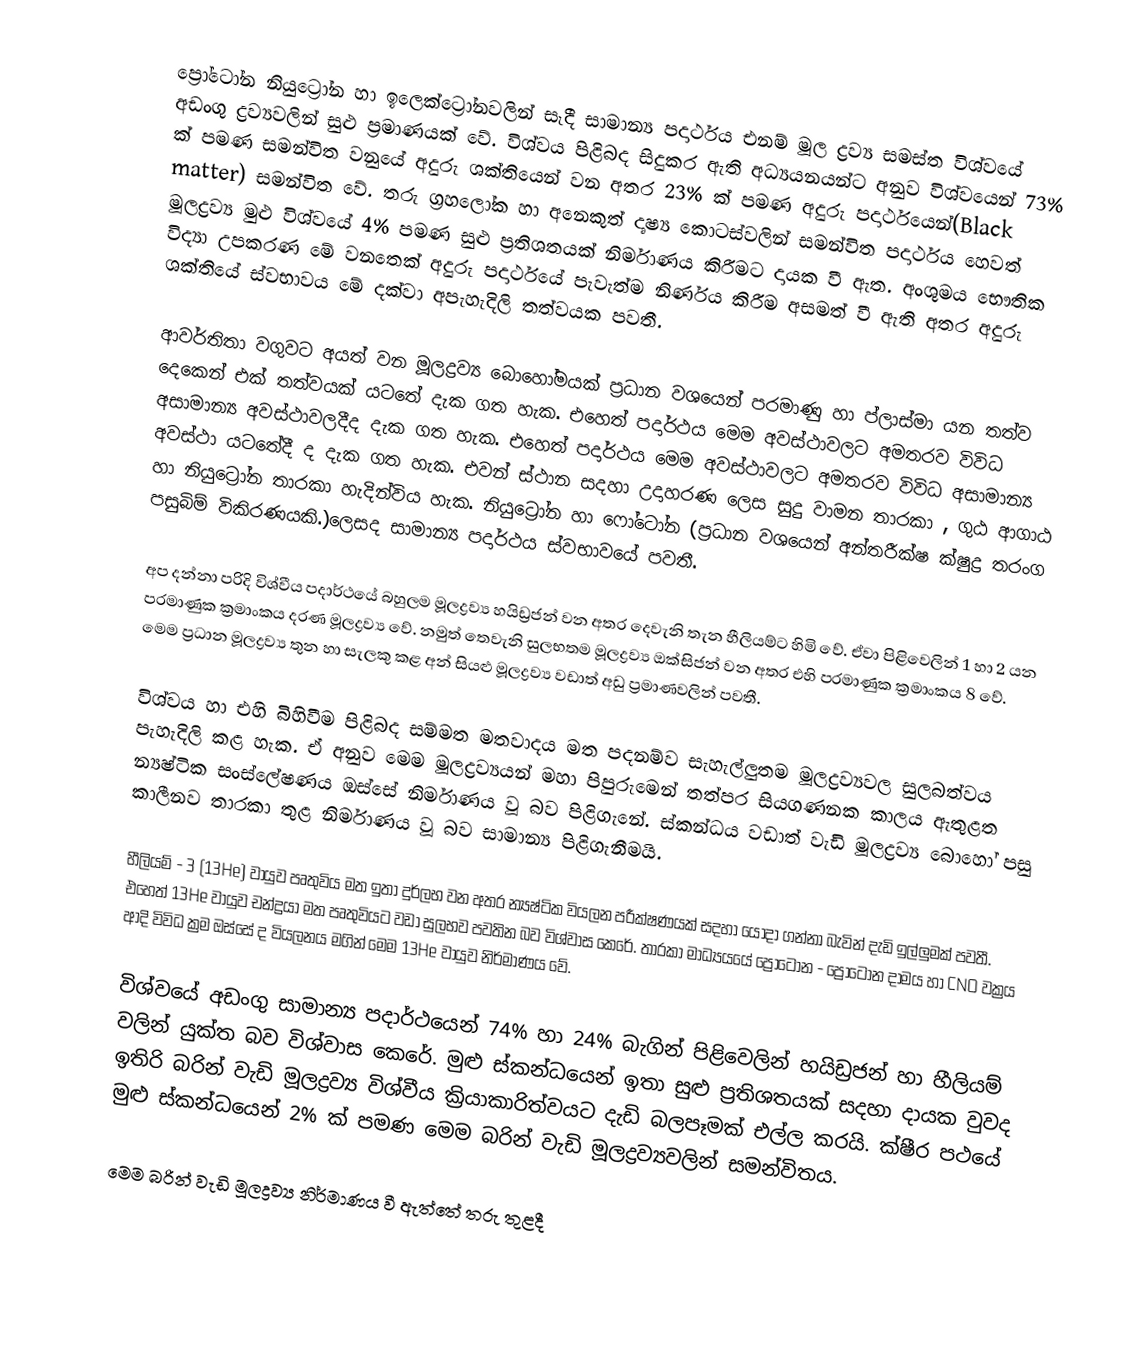
ප්‍රෝටෝන නියුට්‍රෝන හා ඉලෙක්ට්‍රෝනවලින් සෑදී සාමාන්‍ය පදාර්ථය එනම් මූල ද්‍රව්‍ය සමස්ත විශ්වයේ අඩංගු ද්‍රව්‍යවලින් සුළු ප්‍රමාණයක් වේ. විශ්වය පිළිබද සිදුකර ඇති අධ්‍යයනයන්ට අනුව විශ්වයෙන් 73% ක් පමණ සමන්විත වනුයේ අදුරු ශක්තියෙන් වන අතර 23% ක් පමණ අදුරු පදාර්ථයෙන්(Black matter) සමන්විත වේ. තරු ග්‍රහලෝක හා අනෙකුත් දෘෂ්‍ය කොටස්වලින් සමන්විත පදාර්ථය හෙවත් මූලද්‍රව්‍ය මුළු විශ්වයේ 4% පමණ සුළු ප්‍රතිශතයක් නිර්මාණය කිරීමට දායක වී ඇත. අංශුමය භෞතික විද්‍යා උපකරණ මේ වනතෙක් අදුරු පදාර්ථයේ පැවැත්ම නිර්ණය කිරීම අසමත් වී ඇති අතර අදුරු ශක්තියේ ස්වභාවය මේ දක්වා අපැහැදිලි තත්වයක පවතී.

ආවර්තිතා වගුවට අයත් වන මූලද්‍රව්‍ය බොහෝමයක් ප්‍රධාන වශයෙන් පරමාණු හා ප්ලාස්මා යන තත්ව දෙකෙන් එක් තත්වයක් යටතේ දැක ගත හැක. එහෙත් පදාර්ථය මෙම අවස්ථාවලට අමතරව විවිධ අසාමාන්‍ය අවස්ථාවලදීද දැක ගත හැක. එහෙත් පදාර්ථය මෙම අවස්ථාවලට අමතරව විවිධ අසාමාන්‍ය අවස්ථා යටතේදී ද දැක ගත හැක. එවන් ස්ථාන සදහා උදාහරණ ලෙස සුදු වාමන තාරකා , ගුඨ ආගාඨ හා නියුට්‍රෝන තාරකා හැදින්විය හැක. නියුට්‍රෝන හා ෆෝටෝන (ප්‍රධාන වශයෙන් අන්තරීක්ෂ ක්ෂුද්‍ර තරංග පසුබිම් විකිරණයකි.)ලෙසද සාමාන්‍ය පදාර්ථය ස්වභාවයේ පවතී.

අප දන්නා පරිදි විශ්වීය පදාර්ථයේ බහුලම මූලද්‍රව්‍ය හයිඩ්‍රජන් වන අතර දෙවැනි තැන හීලියම්ට හිමි වේ. ඒවා පිළිවෙලින් 1 හා 2  යන පරමාණුක ක්‍රමාංකය දරණ මූලද්‍රව්‍ය වේ. නමුත් තෙවැනි සුලභතම මූලද්‍රව්‍ය ඔක්සිජන් වන අතර එහි පරමාණුක ක්‍රමාංකය  8 වේ. මෙම ප්‍රධාන මූලද්‍රව්‍ය තුන හා සැලකු කළ අන් සියළු මූලද්‍රව්‍ය වඩාත් අඩු ප්‍රමාණවලින් පවතී.

විශ්වය හා එහි බිහිවීම පිළිබද සම්මත මතවාදය මත පදනම්ව සැහැල්ලුතම මූලද්‍රව්‍යවල සුලබත්වය පැහැදිලි කළ හැක. ඒ අනුව මෙම මූලද්‍රව්‍යයන් මහා පිපුරුමෙන් තත්පර සියගණනක කාලය ඇතුළත න්‍යෂ්ටික සංස්ලේෂණය ඔස්සේ නිර්මාණය වූ බව පිළිගැනේ. ස්කන්ධය වඩාත් වැඩි මූලද්‍රව්‍ය බොහෝ පසු කාලීනව තාරකා තුළ නිර්මාණය වූ බව සාමාන්‍ය පිළිගැනීමයි.

හීලියම් - 3 (13He) වායුව පෘතුවිය මත ඉතා දුර්ලභ වන අතර න්‍යෂ්ටික වියලන පරීක්ෂණයක් සදහා යොදා ගන්නා බැවින් දැඩි ඉල්ලුමක් පවතී. එහෙත් 13He වායුව චන්ද්‍රයා මත පෘතුවියට වඩා සුලභව පවතින බව විශ්වාස කෙරේ. තාරකා මාධ්‍යයයේ ප්‍රෝටෝන - ප්‍රෝටෝන දාමය හා CNO වක්‍රය ආදි විවිධ ක්‍රම ඔස්සේ ද වියලනය මගින් මෙම 13He වායුව නිර්මාණය වේ.

විශ්වයේ අඩංගු සාමාන්‍ය පදාර්ථයෙන් 74% හා 24% බැගින් පිළිවෙලින් හයිඩ්‍රජන් හා හීලියම් වලින් යුක්ත බව විශ්වාස කෙරේ. මුළු ස්කන්ධයෙන් ඉතා සුළු ප්‍රතිශතයක් සදහා දායක වුවද ඉතිරි බරින් වැඩි මූලද්‍රව්‍ය විශ්වීය ක්‍රියාකාරිත්වයට දැඩි බලපෑමක් එල්ල කරයි. ක්ෂීර පථයේ මුළු ස්කන්ධයෙන් 2% ක් පමණ මෙම බරින් වැඩි මූලද්‍රව්‍යවලින් සමන්විතය.

මෙම බරින් වැඩි මූලද්‍රව්‍ය නිර්මාණය වී ඇත්තේ තරු තුළදී